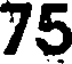
75